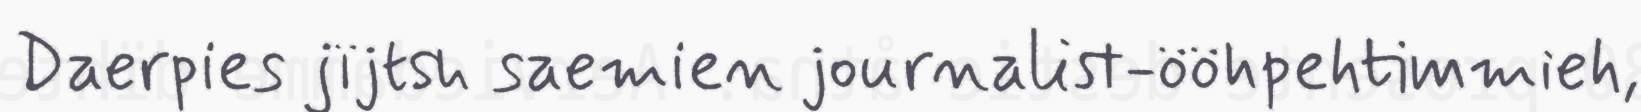
Daerpies jïjtsh saemien journalist-ööhpehtimmieh,